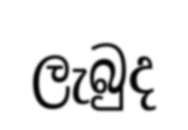
ලැබුද